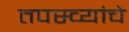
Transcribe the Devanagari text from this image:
तपस्व्यांचे